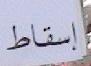
إسقاط